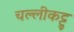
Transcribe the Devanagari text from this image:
चल्लीकट्टु